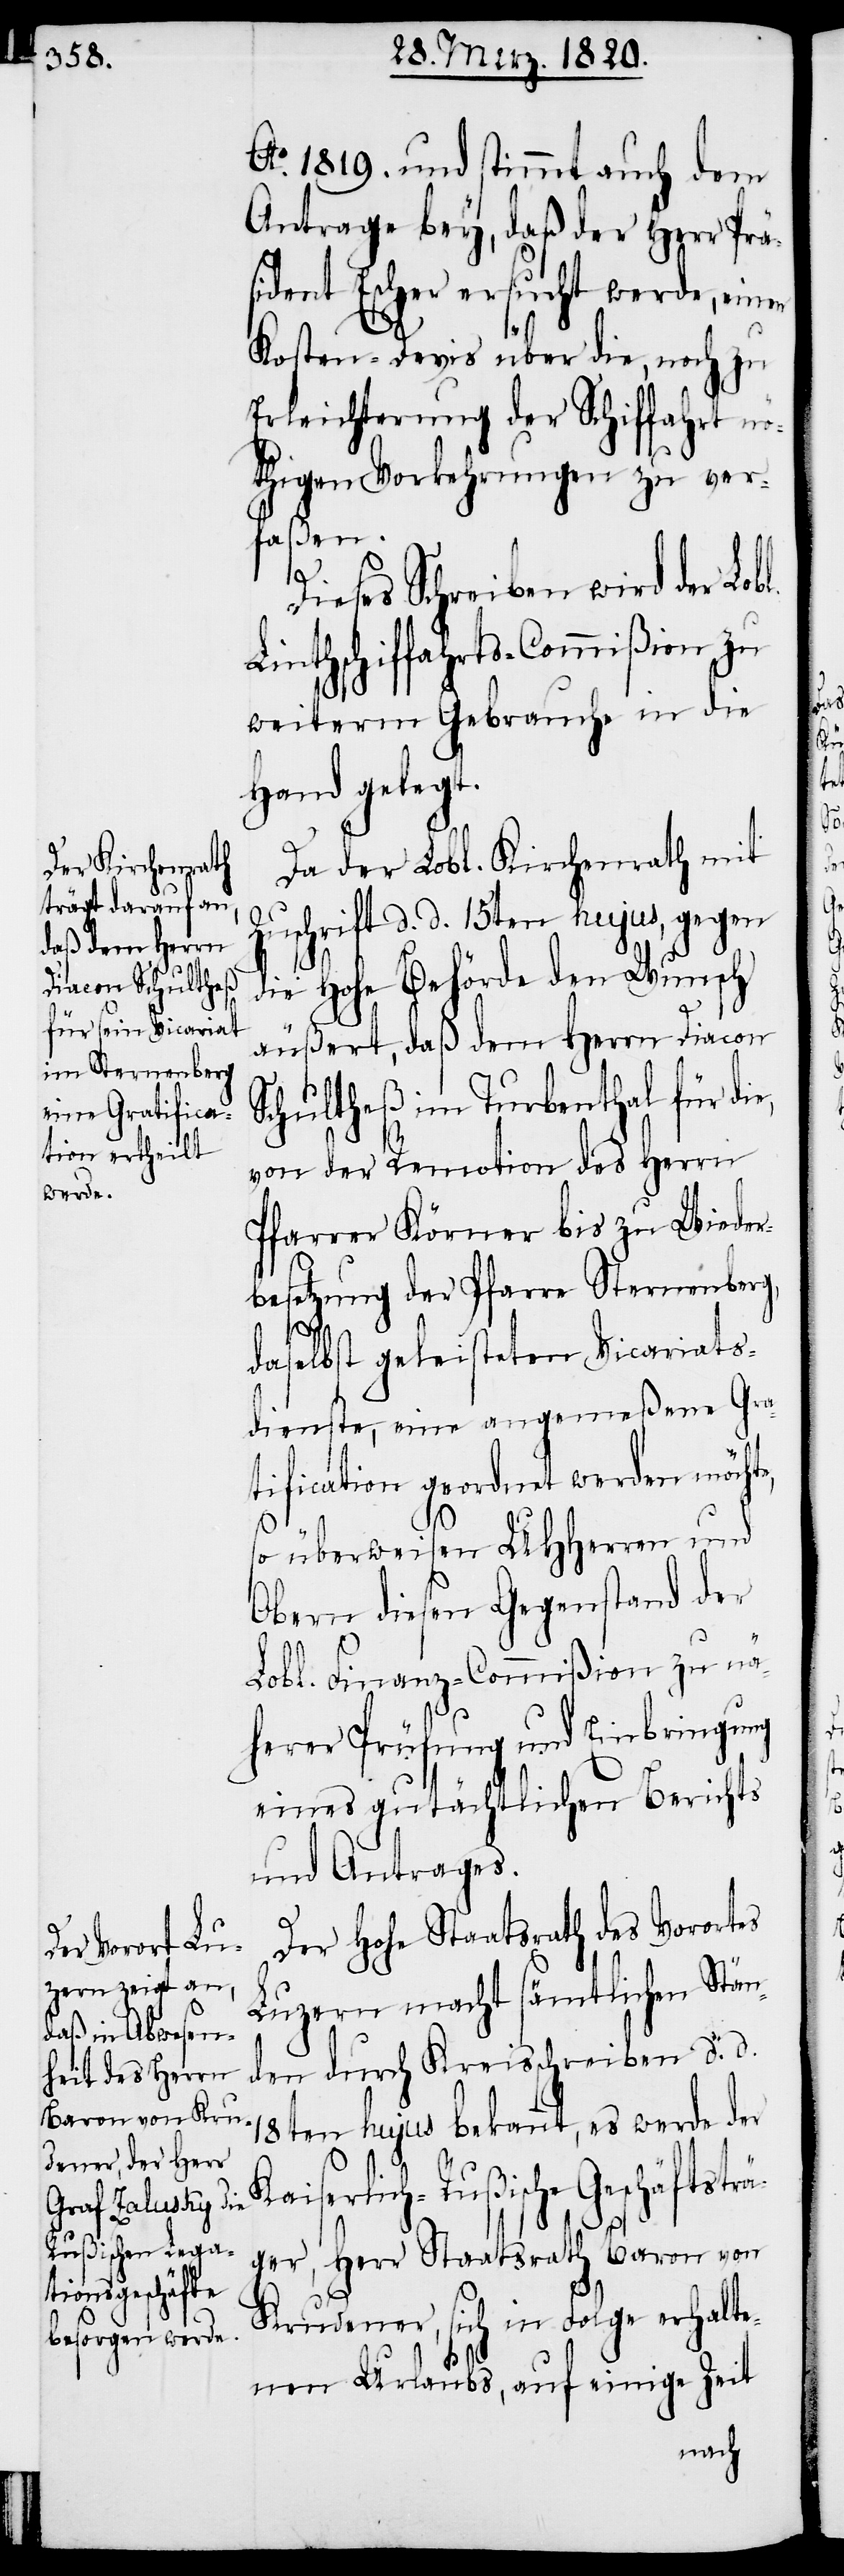
Ao. 1819. und stimmt auch dem
Antrage bey, daß der Herr Präs¬
ident Escher ersucht werde, einen
Kosten-Devis über die, noch zu
Erleichterung der Schiffahrt nö¬
thigen Vorkehrungen zu ver¬
faßen.
Zu¬
Dieses Schreiben wird der Lobl.
Linthschiffahrts-Commißion zu
weiterm Gebrauche in die
Hand gelegt.
Da der Lobl. Kirchenrath mit
schrift d. d. 15ten hujus, gegen
die Hohe Behörde den Wunsch
äußert, daß dem Herrn Diacon
Schultheß im Turbenthal für di¬
von der Remotion des Herrn
Pfarrer Körner bis zu Wieder¬
besetzung der Pfarre Sternenberg,
K¬
daselbst geleisteten Vicariats¬
dienste, eine angemeßene Gra¬
tification geordnet werden möcht¬
e,
so überweisen UHHerren und
Obern diesen Gegenstand der
Lobl. Finanz-Commißion zu nä¬
herer Prüfung und Einbringung
eines gutächtlichen Berichts
und Antrages.
Der hohe Staatsrath des Vorortes
Luzern macht sämtlichen Stän¬
den durch Kreisschreiben d. d.
18ten hujus bekannt, es werde der
aiserlich-Rußische Geschäftstr¬
äger, Herr Staatsrath Baron von
Krudener, sich in Folge erhalte¬
nen Urlaubs, auf einige Zeit